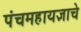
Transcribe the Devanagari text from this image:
पंचमहायज्ञाचे